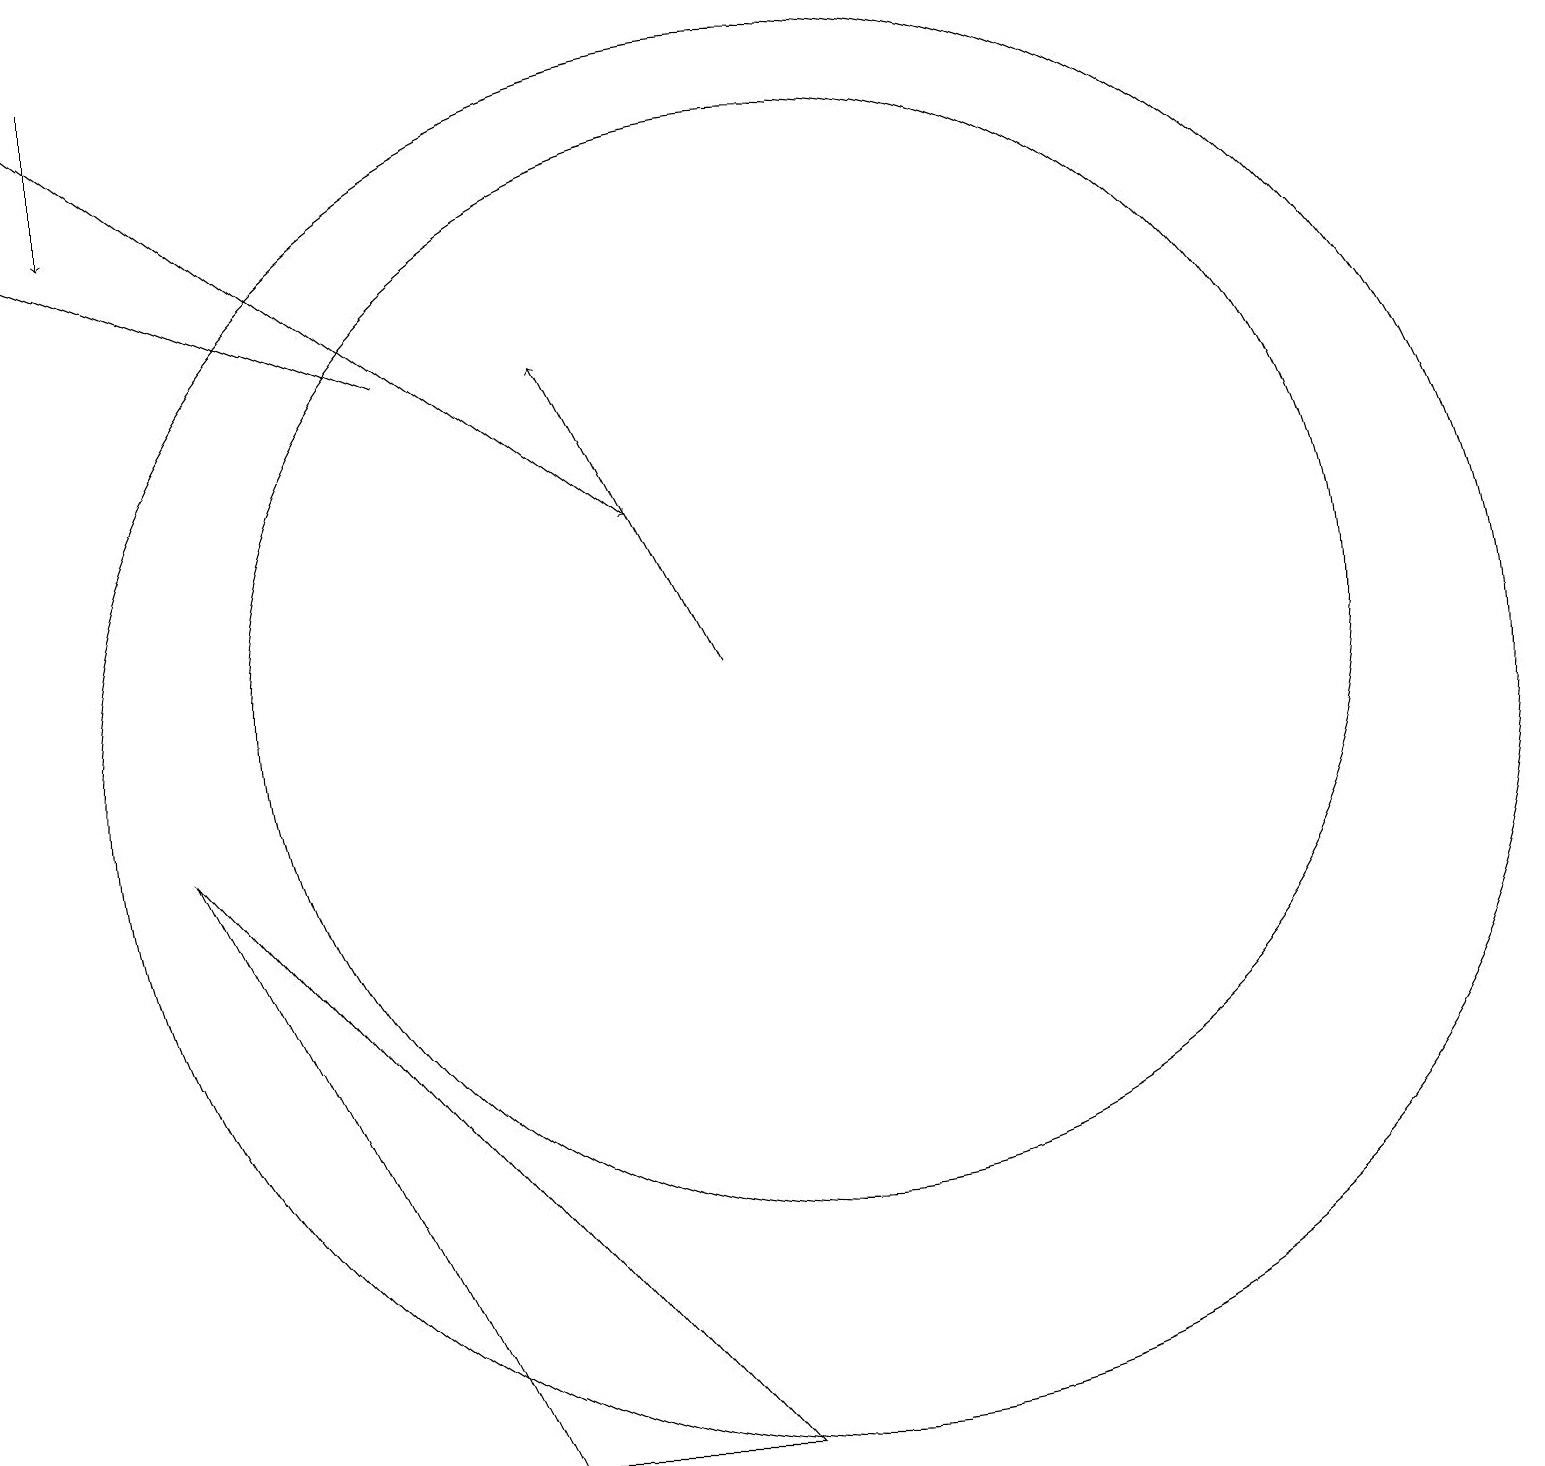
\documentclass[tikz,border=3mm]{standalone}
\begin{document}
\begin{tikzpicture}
\draw (10,10) circle (9);
\draw (2,9) -- (9,1) -- (6,1) -- cycle;
\draw[->] (9,11) -- (7,15);
\draw (10,11) circle (7);
\draw[->] (1,19) -- (1,17);
\draw[->] (5,15) -- (0,17);
\draw[->] (0,19) -- (8,13);
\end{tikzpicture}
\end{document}